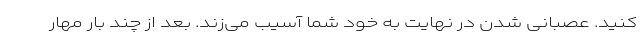
کنید. عصبانی شدن در نهایت به خود شما آسیب می‌زند. بعد از چند بار مهار